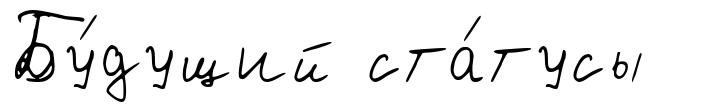
Бу́дущий ста́тусы